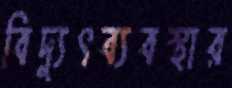
বিদ্যুৎব্যবস্থার